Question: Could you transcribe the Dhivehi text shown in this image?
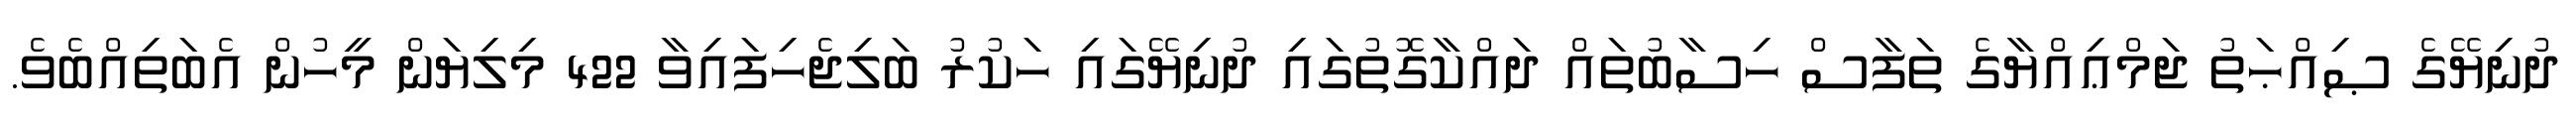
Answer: ދުނިޔޭގެ ޞިއްޙަތު ޖަމްޢިއްޔާގެ ތަފާސް ހިސާބުތައް ދައްކާގޮތުގައި ދުނިޔޭގައި ހަކުރު ބަލިޖެހިފައިވާ 422 މިލިޔަން މީހުން އެބަތިއްބެވެ.